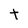
Character: t